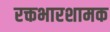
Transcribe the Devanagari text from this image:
रक्तभारशामक